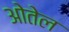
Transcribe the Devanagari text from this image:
ओतेल